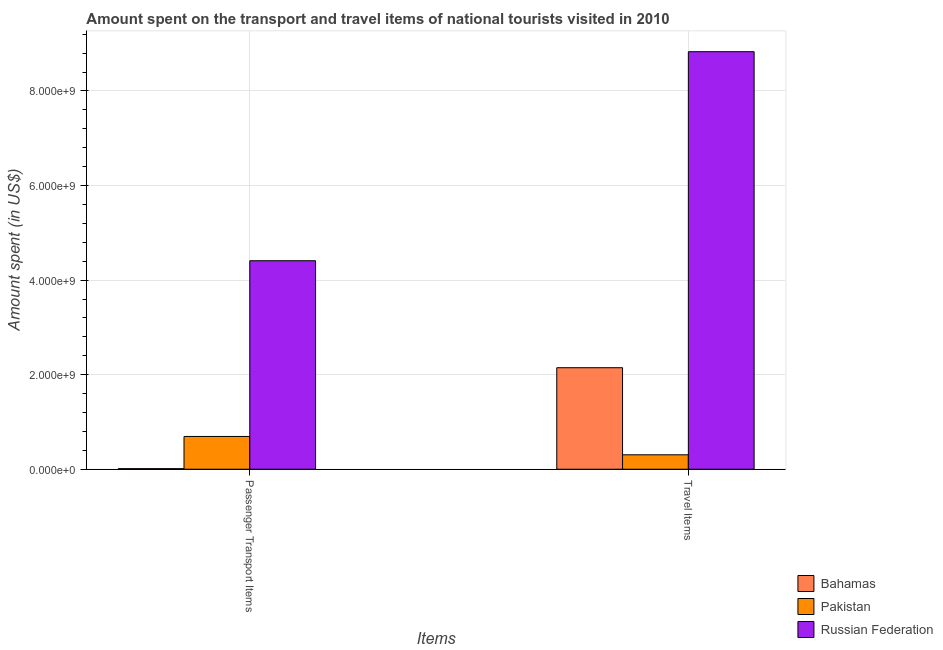
| Items | Bahamas | Pakistan | Russian Federation |
 | --- | --- | --- | --- |
 | Passenger Transport Items | 1.2e+07 | 6.93e+08 | 4.41e+09 |
 | Travel Items | 2.15e+09 | 3.05e+08 | 8.83e+09 |